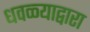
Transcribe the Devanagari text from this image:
धवळ्याद्वारा